Annual statistical returns and brief notes on vaccination in Bengal - 1887-1898
Year: 1887
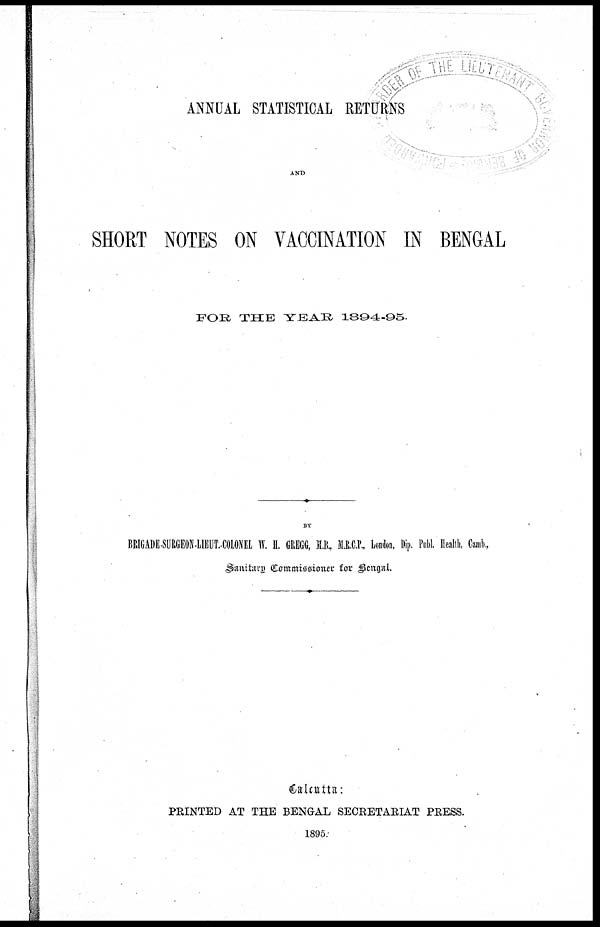
ANNUAL STATISTICAL RETURNS
AND
SHORT NOTES ON VACCINATION IN BENGAL
FOR THE YEAR
1894-95.
BY
BRIGADE-SURGEON-LIEUT.-COLONEL W. H. GREGG, M.B., M.R.C.P., London, Dip. Publ. Health, Camb.,
Sanitary Commissioner for Bengal.
Calcutta:
PRINTED AT THE BENGAL SECRETARIAT PRESS.
1895.